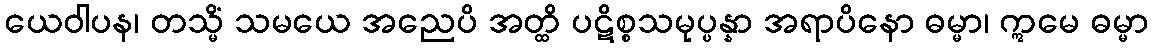
ယေဝါပန၊ တသ္မိံ သမယေ အညေပိ အတ္ထိ ပဋိစ္စသမုပ္ပန္နာ အရာပိနော ဓမ္မာ၊ ဣမေ ဓမ္မာ